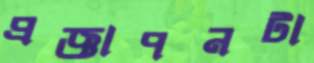
প্রজ্ঞাপনটা